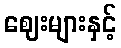
ဈေးများနှင့်